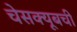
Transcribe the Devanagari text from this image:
चेसक्यूबची